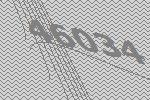
46034